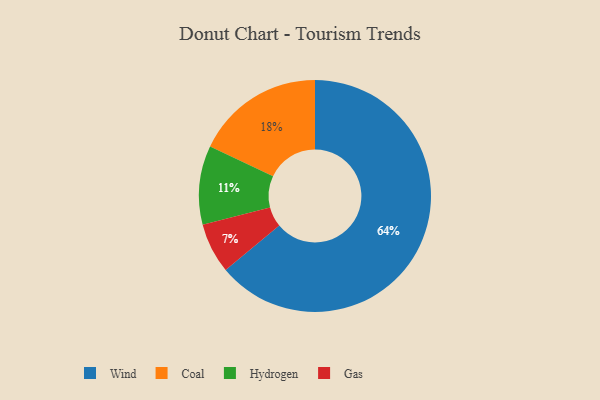
{"axis": {"x": "Category", "y": "Percentage"}, "legend": ["Coal", "Gas", "Hydrogen", "Wind"], "data": [{"x": "Hydrogen", "y": 11, "type": "Hydrogen"}, {"x": "Wind", "y": 64, "type": "Wind"}, {"x": "Coal", "y": 18, "type": "Coal"}, {"x": "Gas", "y": 7, "type": "Gas"}]}